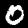
Label: 0